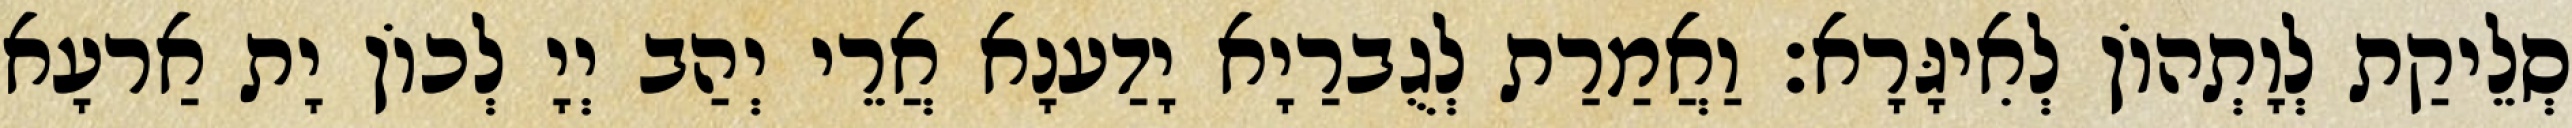
סְלֵיקַת לְוָתְהוֹן לְאִיגָּרָא׃ וַאֲמַרַת לְגֻברַיָא יָדַענָא אֲרֵי יְהַב יְיָ לְכוֹן יָת אַרעָא